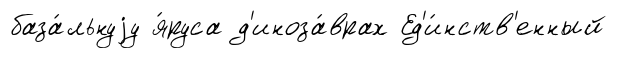
база́льнуjу я́руса д'иноза́врах Ед'и́нств'енный